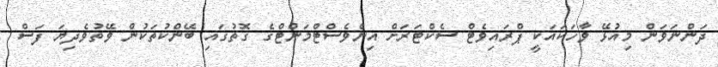
ދަންނަވަން މިއުޅޭ ވާހަކައަކީ ޕްރައިވެޓް ސެކްޓަރަށް އިންވެސްޓްމަންޓްގެ ގޮތުގައި ބޭންކުތަކުން ވޭތުވެދިޔަ ފަސް